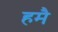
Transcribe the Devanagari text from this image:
हमै